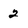
Character: 2